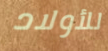
للأولاد